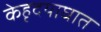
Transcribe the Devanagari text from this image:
केहृदयाघात